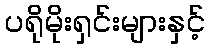
ပရိုမိုးရှင်းများနှင့်